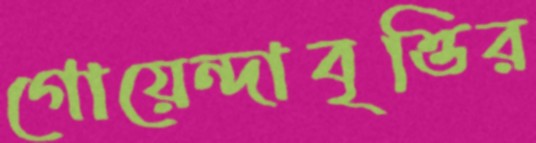
গোয়েন্দাবৃত্তির